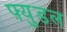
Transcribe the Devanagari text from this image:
फ़्युडल